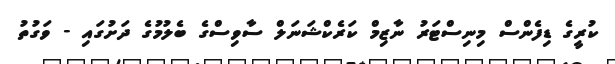
ކުރީގެ ޑިފެންސް މިނިސްޓަރު ނާޒިމް ކަރެކްޝަނަލް ސާވިސްގެ ބެލުމުގެ ދަށުގައި - ވަގުތު